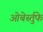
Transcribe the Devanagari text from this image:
ओबेर्स्तुफे